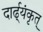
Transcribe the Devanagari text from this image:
दार्ढ्‌यंकृत्